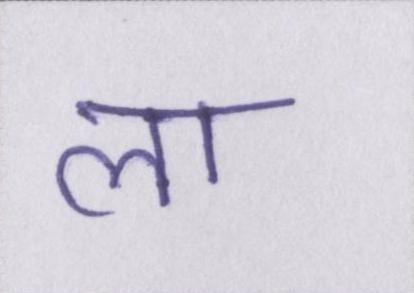
ला